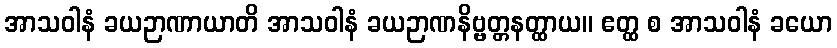
အာသဝါနံ ခယဉာဏာယာတိ အာသဝါနံ ခယဉာဏနိဗ္ဗတ္တနတ္ထာယ။ ဧတ္ထ စ အာသဝါနံ ခယော